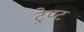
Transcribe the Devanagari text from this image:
ट्रेण्ट